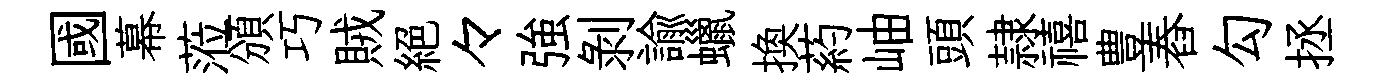
國幕蒞頒巧賊絶々強剝諭蠟换葯岫頭隷禧豊舂勾拯